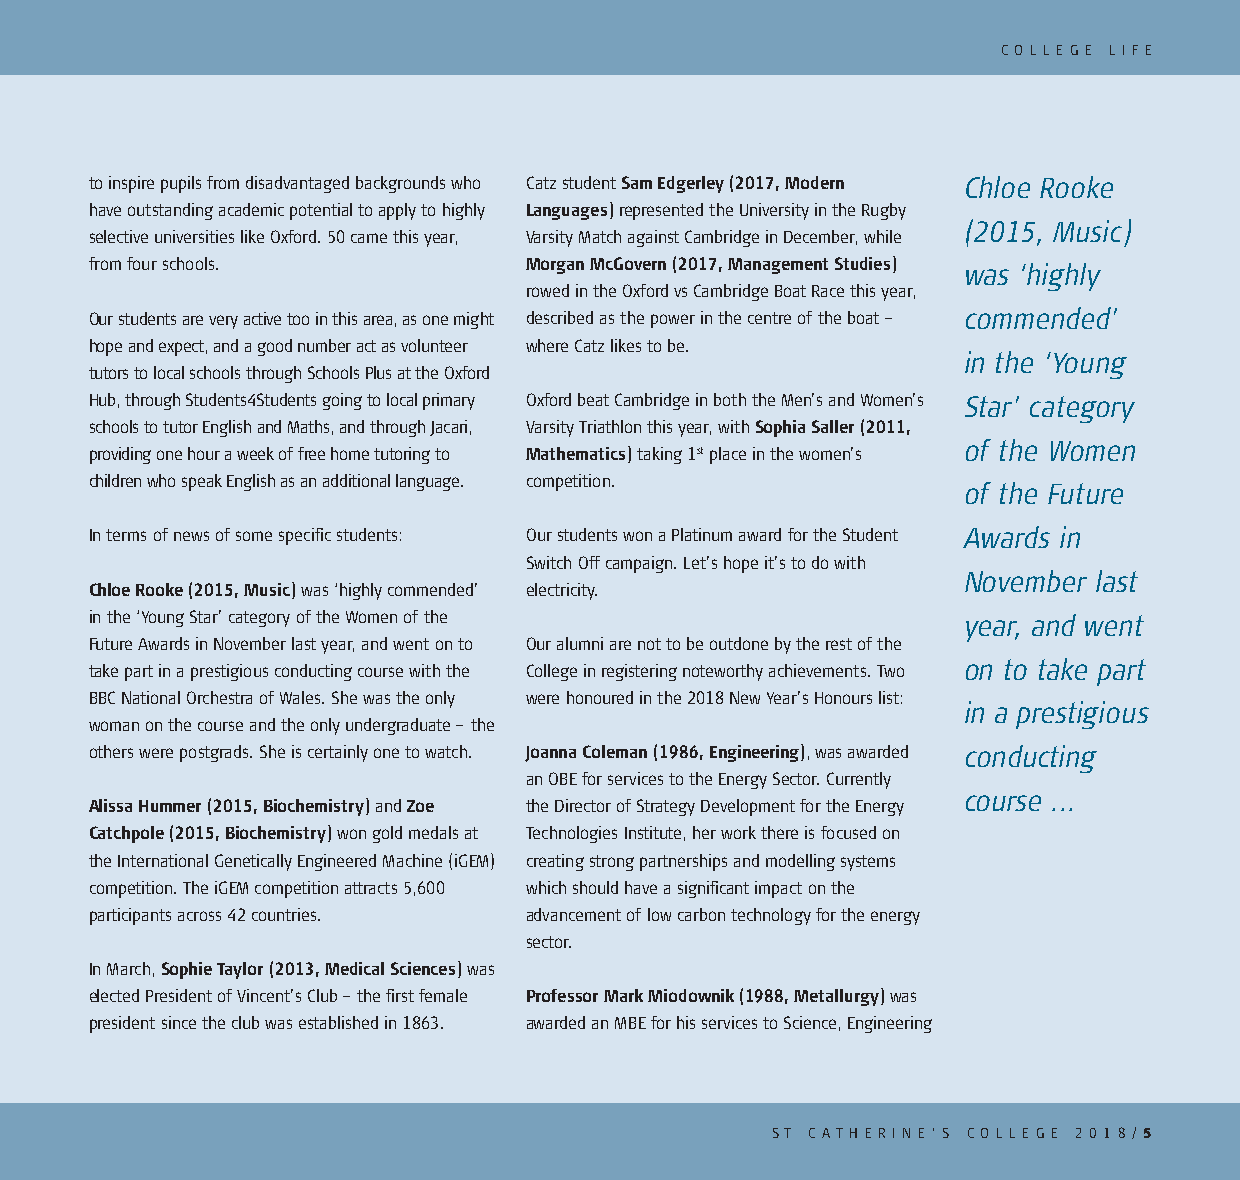
C O L L E G E L I F E
 to inspire pupils from disadvantaged backgrounds who Catz student Sam Edgerley (2017, Modern Chloe Rooke
 have outstanding academic potential to apply to highly Languages) represented the University in the Rugby
 (2015, Music)
 selective universities like Oxford. 50 came this year, Varsity Match against Cambridge in December, while
 from four schools.           Morgan McGovern (2017, Management Studies) was ‘highly
 rowed in the Oxford vs Cambridge Boat Race this year,
 Our students are very active too in this area, as one might described as the power in the centre of the boat – commended’
 hope and expect, and a good number act as volunteer where Catz likes to be.
 in the ‘Young
 tutors to local schools through Schools Plus at the Oxford
 Hub, through Students4Students going to local primary Oxford beat Cambridge in both the Men’s and Women’s Star’ category
 schools to tutor English and Maths, and through Jacari, Varsity Triathlon this year, with Sophia Saller (2011,
 of the Women
 providing one hour a week of free home tutoring to Mathematics) taking 1st place in the women’s
 children who speak English as an additional language. competition.
 of the Future
 In terms of news of some specific students: Our students won a Platinum award for the Student Awards in
 Switch Off campaign. Let’s hope it’s to do with
 November last
 Chloe Rooke (2015, Music) was ‘highly commended’ electricity.
 in the ‘Young Star’ category of the Women of the          year, and went
 Future Awards in November last year, and went on to Our alumni are not to be outdone by the rest of the
 on to take part
 take part in a prestigious conducting course with the College in registering noteworthy achievements. Two
 BBC National Orchestra of Wales. She was the only were honoured in the 2018 New Year’s Honours list:
 in a prestigious
 woman on the course and the only undergraduate – the
 others were postgrads. She is certainly one to watch. Joanna Coleman (1986, Engineering), was awarded conducting
 an OBE for services to the Energy Sector. Currently
 course ...
 Alissa Hummer (2015, Biochemistry) and Zoe the Director of Strategy Development for the Energy
 Catchpole (2015, Biochemistry) won gold medals at Technologies Institute, her work there is focused on
 the International Genetically Engineered Machine (iGEM) creating strong partnerships and modelling systems
 competition. The iGEM competition attracts 5,600 which should have a significant impact on the
 participants across 42 countries. advancement of low carbon technology for the energy
 sector.
 In March, Sophie Taylor (2013, Medical Sciences) was
 elected President of Vincent’s Club – the first female Professor Mark Miodownik (1988, Metallurgy) was
 president since the club was established in 1863. awarded an MBE for his services to Science, Engineering
 ST C AT H E R I N E ’ S C O L L E G E 2 0 1 8 /5